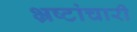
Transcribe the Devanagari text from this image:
भ्रष्टांचारी